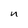
Character: n